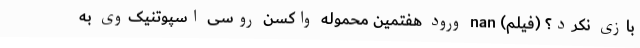
بازی نکرد؟ (فیلم) nan ورود هفتمین محموله واکسن روسی اسپوتنیک‌وی به